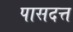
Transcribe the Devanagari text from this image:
पासदत्त